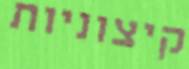
קיצוניות